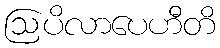
ဩပိလာပေဟီတိ